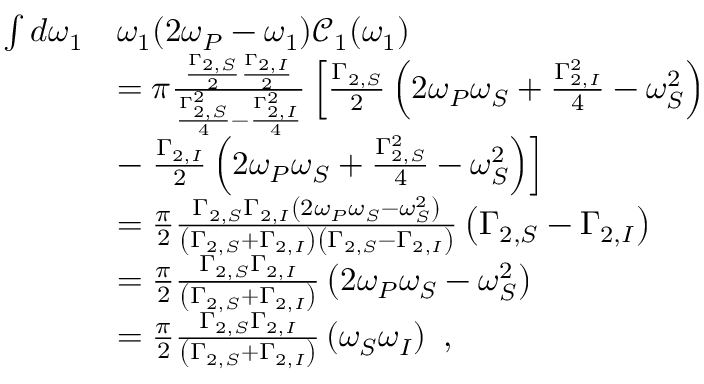
\begin{array} { r l } { \int d \omega _ { 1 } } & { \omega _ { 1 } ( 2 \omega _ { P } - \omega _ { 1 } ) \mathcal { C } _ { 1 } ( \omega _ { 1 } ) } \\ & { = \pi \frac { \frac { \Gamma _ { 2 , S } } { 2 } \frac { \Gamma _ { 2 , I } } { 2 } } { \frac { \Gamma _ { 2 , S } ^ { 2 } } { 4 } - \frac { \Gamma _ { 2 , I } ^ { 2 } } { 4 } } \left[ \frac { \Gamma _ { 2 , S } } { 2 } \left( 2 \omega _ { P } \omega _ { S } + \frac { \Gamma _ { 2 , I } ^ { 2 } } { 4 } - \omega _ { S } ^ { 2 } \right) \right. } \\ & { - \left. \frac { \Gamma _ { 2 , I } } { 2 } \left( 2 \omega _ { P } \omega _ { S } + \frac { \Gamma _ { 2 , S } ^ { 2 } } { 4 } - \omega _ { S } ^ { 2 } \right) \right] } \\ & { = \frac { \pi } { 2 } \frac { \Gamma _ { 2 , S } \Gamma _ { 2 , I } \left( 2 \omega _ { P } \omega _ { S } - \omega _ { S } ^ { 2 } \right) } { \left( \Gamma _ { 2 , S } + \Gamma _ { 2 , I } \right) \left( \Gamma _ { 2 , S } - \Gamma _ { 2 , I } \right) } \left( \Gamma _ { 2 , S } - \Gamma _ { 2 , I } \right) } \\ & { = \frac { \pi } { 2 } \frac { \Gamma _ { 2 , S } \Gamma _ { 2 , I } } { \left( \Gamma _ { 2 , S } + \Gamma _ { 2 , I } \right) } \left( 2 \omega _ { P } \omega _ { S } - \omega _ { S } ^ { 2 } \right) } \\ & { = \frac { \pi } { 2 } \frac { \Gamma _ { 2 , S } \Gamma _ { 2 , I } } { \left( \Gamma _ { 2 , S } + \Gamma _ { 2 , I } \right) } \left( \omega _ { S } \omega _ { I } \right) \ , } \end{array}